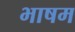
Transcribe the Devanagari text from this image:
भाषम